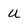
Character: U